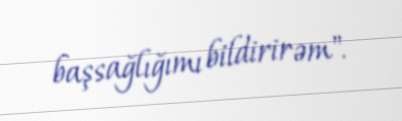
başsağlığımı bildirirəm".